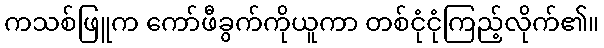
ကသစ်ဖြူက ကော်ဖီခွက်ကိုယူကာ တစ်ငုံငုံကြည့်လိုက်၏။